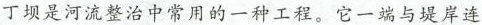
丁坝是河流整治中常用的一种工程。它一端与堤岸连